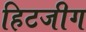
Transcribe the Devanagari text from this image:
हिटजीग